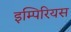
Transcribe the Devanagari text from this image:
इम्पिरियस